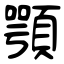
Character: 顎